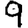
Digit: 9